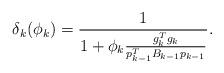
LaTeX: \begin{align*}\delta_k(\phi_k)=\frac{1}{1+\phi_k\frac{g_k^Tg_k}{p_{k-1}^TB_{k-1}p_{k-1}}}.\end{align*}